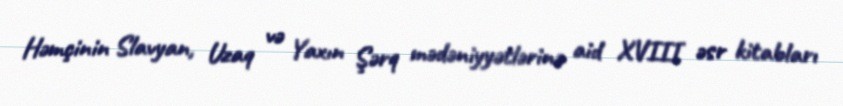
Həmçinin Slavyan, Uzaq və Yaxın Şərq mədəniyyətlərinə aid XVIII əsr kitabları